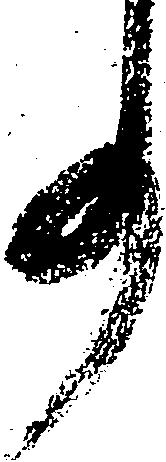
事